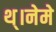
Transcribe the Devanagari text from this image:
थ्।नेमे